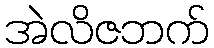
အဲလိဇဘက်